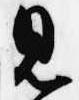
見